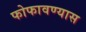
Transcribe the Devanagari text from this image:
फोफावण्यास